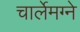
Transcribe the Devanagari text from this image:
चार्लेमग्ने